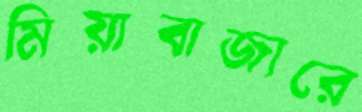
মিয়াবাজারে